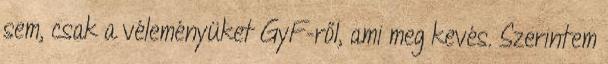
sem, csak a véleményüket GyF-ről, ami meg kevés. Szerintem